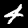
Digit: 4